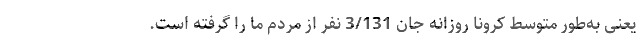
یعنی به‌طور متوسط کرونا روزانه جان 3/131 نفر از مردم ما را گرفته است.